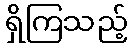
ရှိကြသည့်